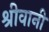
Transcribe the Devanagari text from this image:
श्रीवानी